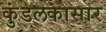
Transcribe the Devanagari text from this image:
कुंडलकासार